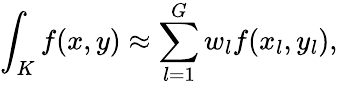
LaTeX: \int_{K}f(x,y)\approx\sum_{l=1}^{G}w_{l}f(x_{l},y_{l}),